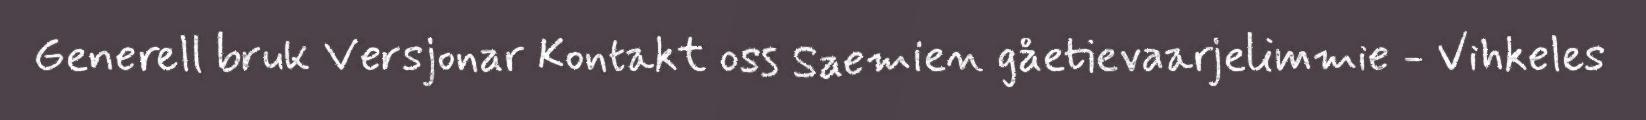
Generell bruk Versjonar Kontakt oss Saemien gåetievaarjelimmie - Vihkeles